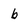
Character: b